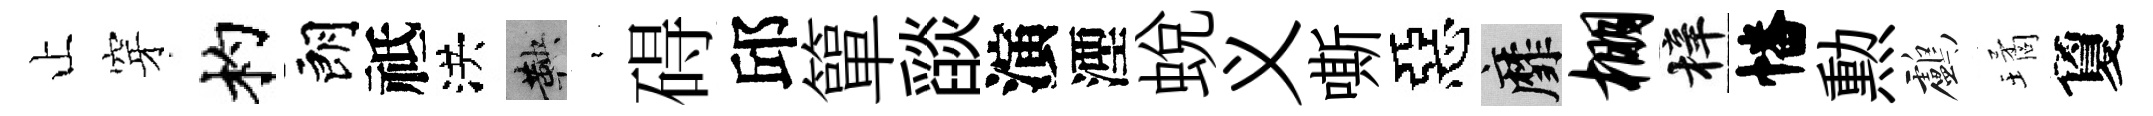
止穿杓朗祗洪鞅裊碍邱簞𦦨演湮蜕义嘶惡靡棚梓幡勲鸕璚夐